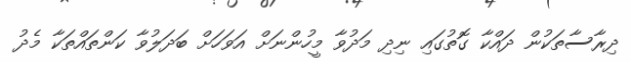
ދިރާސާތަކުން ދައްކާ ގޮތުގައި ނިދި މަދުވާ މީހުންނަށް އަވަހަށް ބަދަލުވާ ކަންތައްތަކާ މެދު